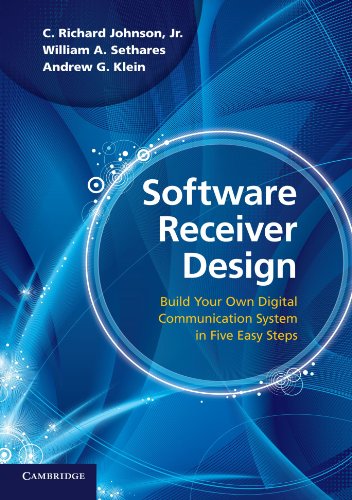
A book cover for Software Receiver Design: Build your Own Digital Communication System in Five Easy Steps; C. Richard Johnson  Jr; Crafts, Hobbies & Home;